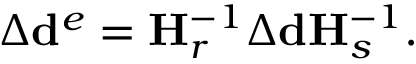
\Delta \mathbf { d } ^ { e } = \mathbf { H } _ { r } ^ { - 1 } \Delta \mathbf { d } \mathbf { H } _ { s } ^ { - 1 } .